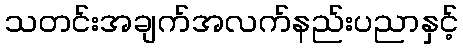
သတင်းအချက်အလက်နည်းပညာနှင့်